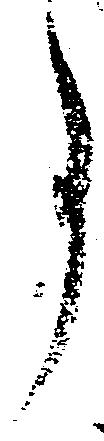
事